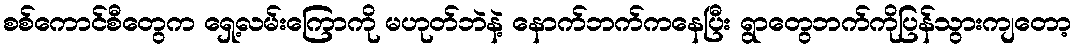
စစ်ကောင်စီတွေက ရှေ့လမ်းကြောကို မဟုတ်ဘဲနဲ့ နောက်ဘက်ကနေပြီး ရွာတွေဘက်ကိုပြန်သွားကျတော့